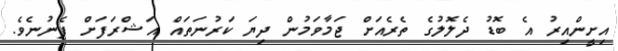
އިށީންއިރު އެ ބޮޑު ދެލޮލުގެ ތެރެއަށް ޖަމާވަމުން ދިޔަ ކަރުނަތައް އަޝްރަފަށް ފެނުނެވެ.